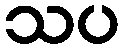
သပ